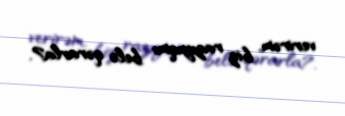
verirəm, biz razıyıqmı belə qərarla?.